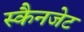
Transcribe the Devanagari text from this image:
स्कैनजेट